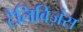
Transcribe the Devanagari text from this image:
टेलिविज़ंस